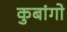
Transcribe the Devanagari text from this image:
कुबांगो